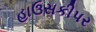
હાઉસકીપર